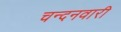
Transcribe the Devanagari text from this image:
चन्दनवारी